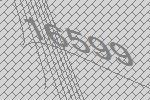
16599